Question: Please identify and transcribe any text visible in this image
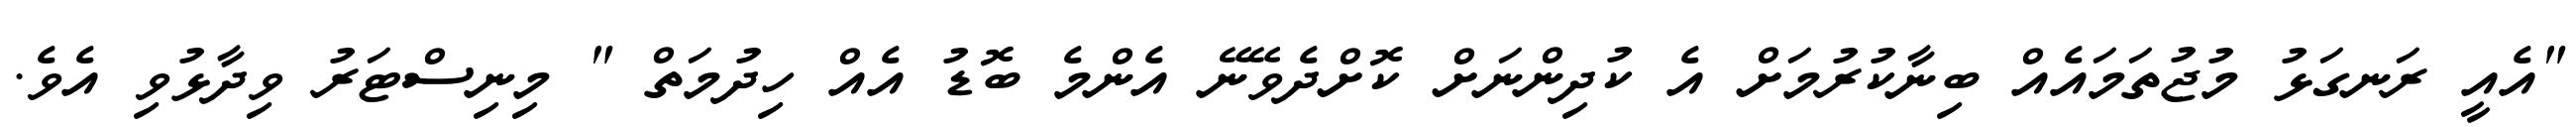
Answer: "އެއީ ރަނގަޅު މުޖުތަމައެއް ބިނާކުރުމަށް އެ ކުދިންނަށް ކޮށްދެވޭނޭ އެންމެ ބޮޑު އެއް ހިދުމަތް " މިނިސްޓަރު ވިދާޅުވި އެވެ.